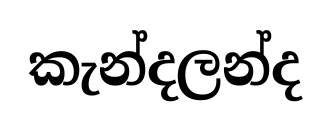
කැන්දලන්ද